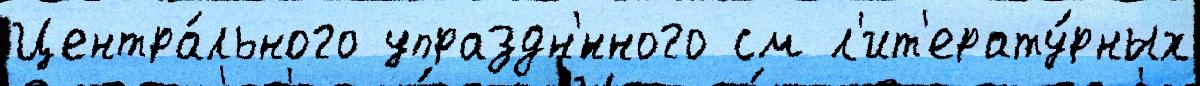
Центра́льного упраздн'́нного см л'ит'ерату́рных